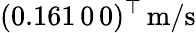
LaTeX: (0.161\, 0\, 0)^{\top}\, \mathrm{m/s}